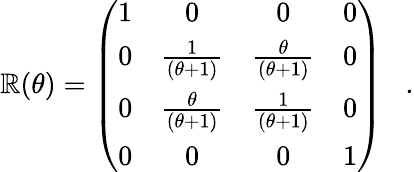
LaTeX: \mathbb{R}(\theta)=\left(\begin{array}{cccc}{{1}}&{{0}}&{{0}}&{{0}}\\ {{0}}&{{\frac{1}{(\theta+1)}}}&{{\frac{\theta}{(\theta+1)}}}&{{0}}\\ {{0}}&{{\frac{\theta}{(\theta+1)}}}&{{\frac{1}{(\theta+1)}}}&{{0}}\\ {{0}}&{{0}}&{{0}}&{{1}}\end{array}\right)\; \; \; .